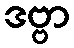
ဒဗ္ဗာ